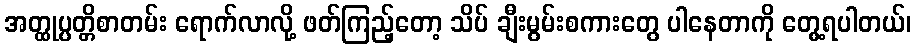
အတ္ထုပ္ပတ္တိစာတမ်း ရောက်လာလို့ ဖတ်ကြည့်တော့ သိပ် ချီးမွမ်းစကားတွေ ပါနေတာကို တွေ့ရပါတယ်၊